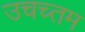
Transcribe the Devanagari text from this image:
उचच्तम